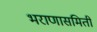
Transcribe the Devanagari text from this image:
भराणासमिती